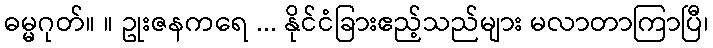
ဓမ္မဂုတ်။ ။ ဥုးဇနကရေ ... နိုင်ငံခြားဧည့်သည်များ မလာတာကြာပြီ၊